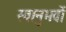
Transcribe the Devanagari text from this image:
स्वानुभवों